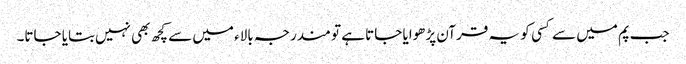
جب پم میں سے کسی ‌ کو یہ قرآن پڑھوایا جاتا ہے تو مندرجہ بالاء میں سے کچھ بھی نہیں‌بتایا جاتا۔